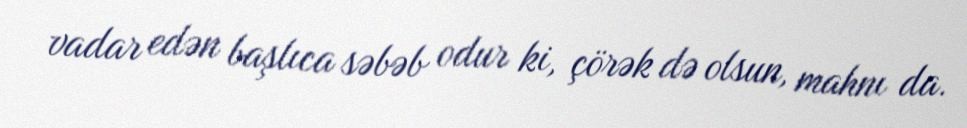
vadar edən başlıca səbəb odur ki, çörək də olsun, mahnı da.